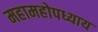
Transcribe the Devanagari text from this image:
महामहोपध्याय